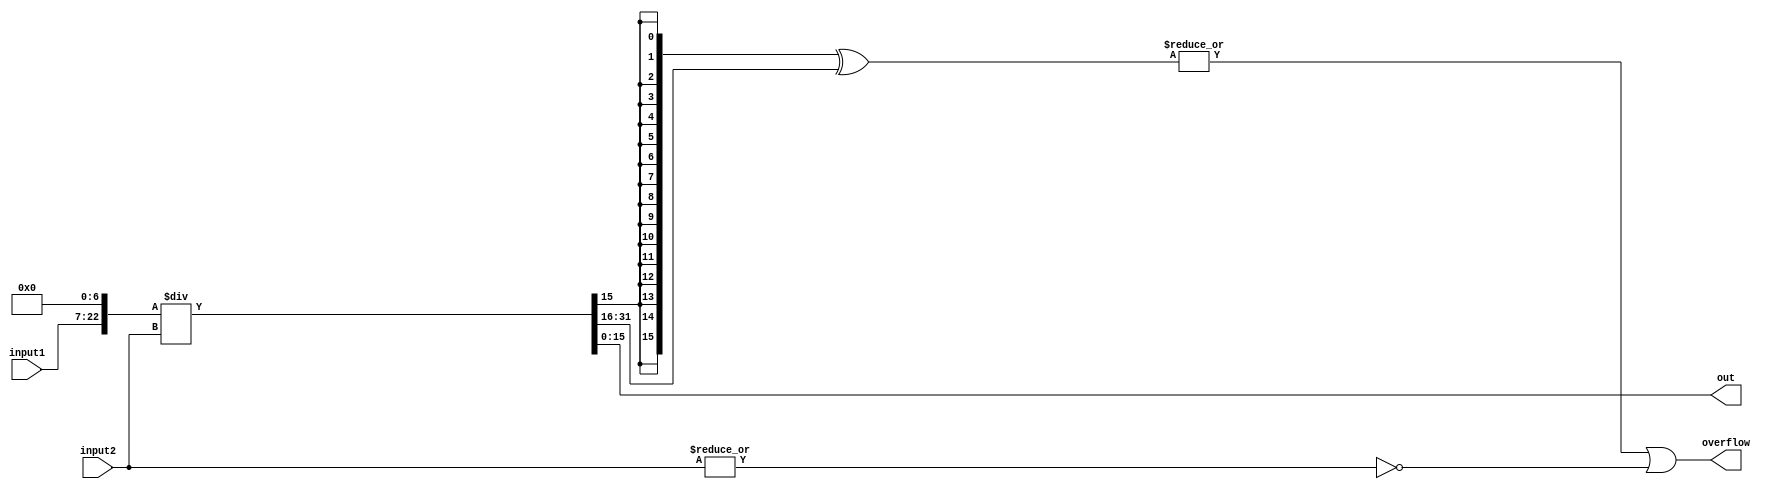
 module FixedPoint_Division_Baseline (
  input  signed 	 [15:0] input1,
  input  signed    [15:0] input2,
  output  signed [15:0] out ,
  output  overflow
  );
  
	wire signed [22:0] input1Large;
	wire signed [31:0] outLarge;

	assign input1Large=input1<<7;
	assign outLarge= input1Large /  input2;
	assign out =outLarge[15:0];

	assign	overflow= |( {out[15],out[15],out[15],out[15],out[15],out[15],out[15],out[15],out[15],out[15],out[15],out[15],out[15],out[15],out[15],out[15]} ^ outLarge[31:16])  |   ~| input2  ;


	endmodule